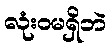
လုံးဝမရှိဘဲ